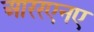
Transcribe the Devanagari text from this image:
आररएनए